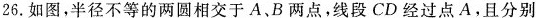
26.如图，半径不等的两圆相交于A、B两点，线段CD经过点A.且分别